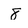
Character: 8